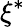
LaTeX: \xi^{*}